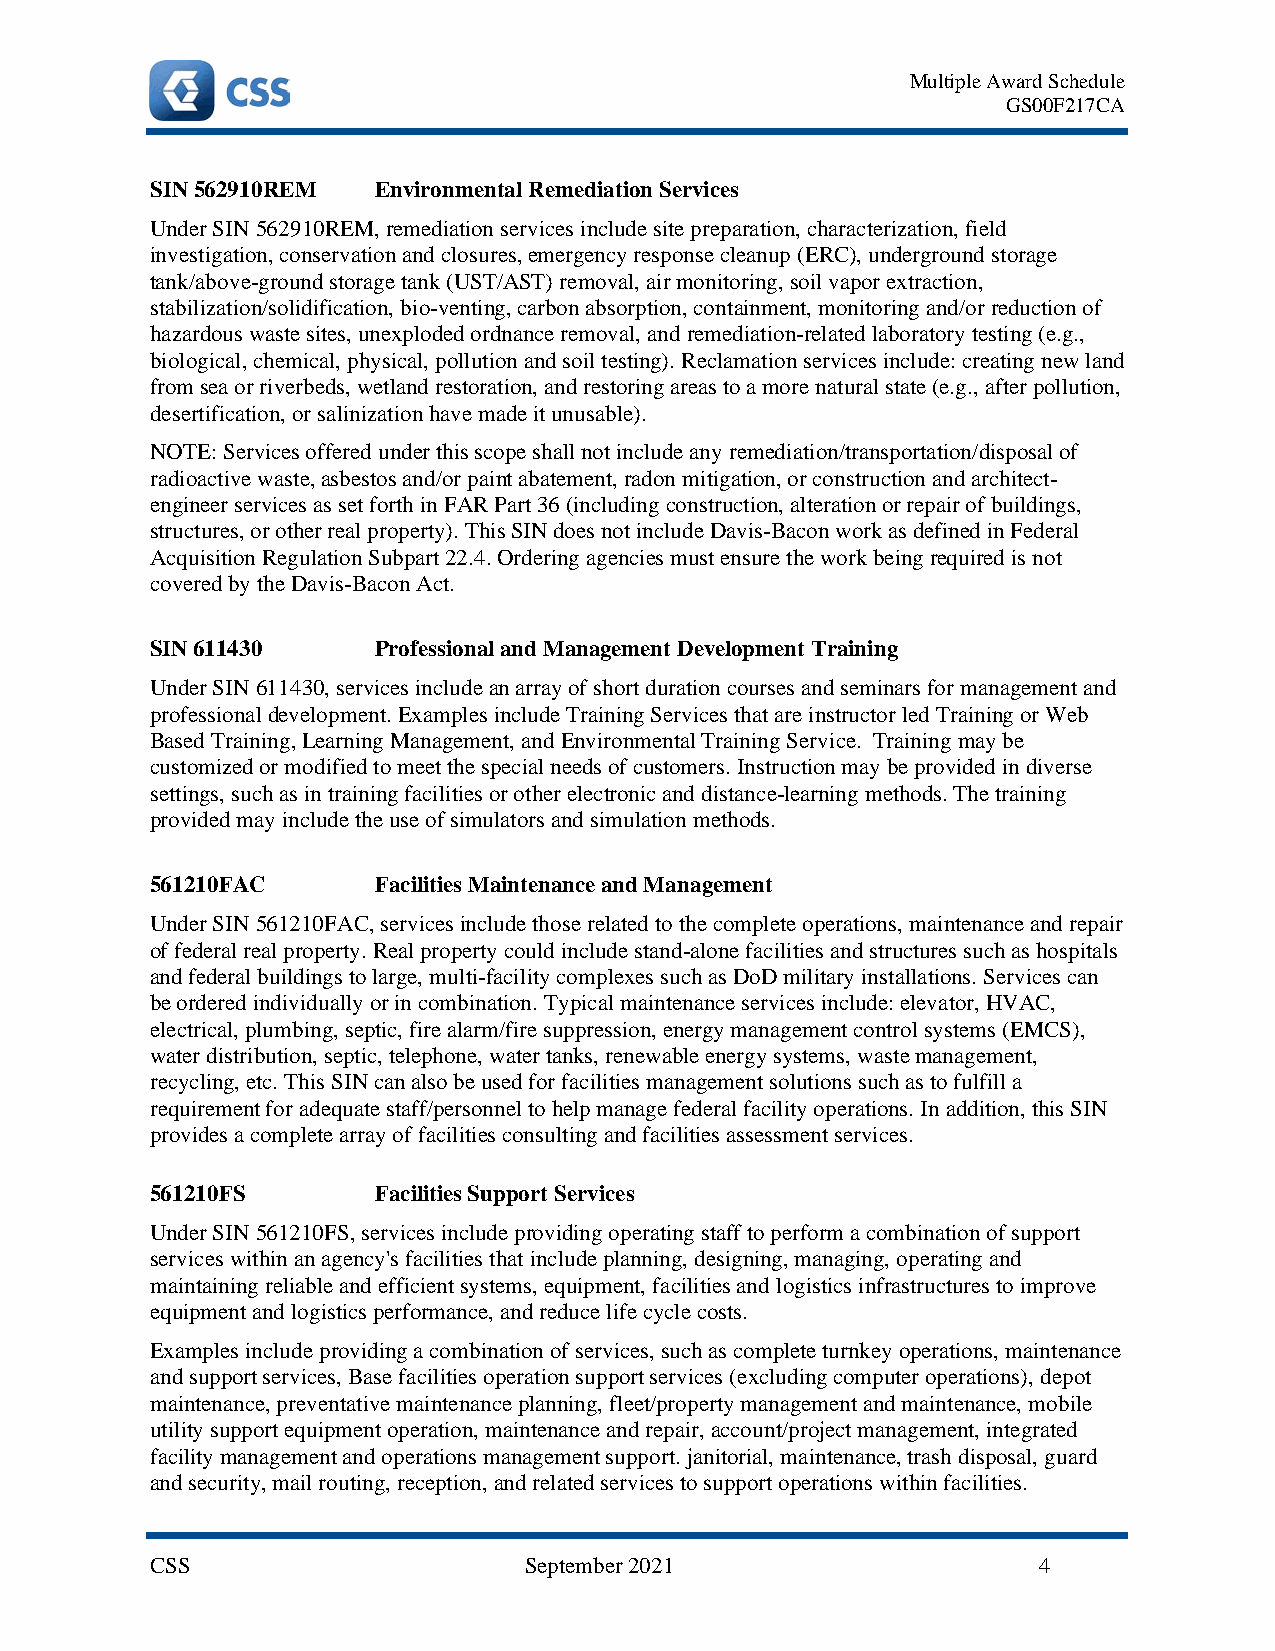
Multiple Award Schedule
 GS00F217CA
 SIN 562910REM  Environmental Remediation Services
 Under SIN 562910REM, remediation services include site preparation, characterization, field
 investigation, conservation and closures, emergency response cleanup (ERC), underground storage
 tank/above-ground storage tank (UST/AST) removal, air monitoring, soil vapor extraction,
 stabilization/solidification, bio-venting, carbon absorption, containment, monitoring and/or reduction of
 hazardous waste sites, unexploded ordnance removal, and remediation-related laboratory testing (e.g.,
 biological, chemical, physical, pollution and soil testing). Reclamation services include: creating new land
 from sea or riverbeds, wetland restoration, and restoring areas to a more natural state (e.g., after pollution,
 desertification, or salinization have made it unusable).
 NOTE: Services offered under this scope shall not include any remediation/transportation/disposal of
 radioactive waste, asbestos and/or paint abatement, radon mitigation, or construction and architect-
 engineer services as set forth in FAR Part 36 (including construction, alteration or repair of buildings,
 structures, or other real property). This SIN does not include Davis-Bacon work as defined in Federal
 Acquisition Regulation Subpart 22.4. Ordering agencies must ensure the work being required is not
 covered by the Davis-Bacon Act.
 SIN 611430     Professional and Management Development Training
 Under SIN 611430, services include an array of short duration courses and seminars for management and
 professional development. Examples include Training Services that are instructor led Training or Web
 Based Training, Learning Management, and Environmental Training Service. Training may be
 customized or modified to meet the special needs of customers. Instruction may be provided in diverse
 settings, such as in training facilities or other electronic and distance-learning methods. The training
 provided may include the use of simulators and simulation methods.
 561210FAC      Facilities Maintenance and Management
 Under SIN 561210FAC, services include those related to the complete operations, maintenance and repair
 of federal real property. Real property could include stand-alone facilities and structures such as hospitals
 and federal buildings to large, multi-facility complexes such as DoD military installations. Services can
 be ordered individually or in combination. Typical maintenance services include: elevator, HVAC,
 electrical, plumbing, septic, fire alarm/fire suppression, energy management control systems (EMCS),
 water distribution, septic, telephone, water tanks, renewable energy systems, waste management,
 recycling, etc. This SIN can also be used for facilities management solutions such as to fulfill a
 requirement for adequate staff/personnel to help manage federal facility operations. In addition, this SIN
 provides a complete array of facilities consulting and facilities assessment services.
 561210FS       Facilities Support Services
 Under SIN 561210FS, services include providing operating staff to perform a combination of support
 services within an agency's facilities that include planning, designing, managing, operating and
 maintaining reliable and efficient systems, equipment, facilities and logistics infrastructures to improve
 equipment and logistics performance, and reduce life cycle costs.
 Examples include providing a combination of services, such as complete turnkey operations, maintenance
 and support services, Base facilities operation support services (excluding computer operations), depot
 maintenance, preventative maintenance planning, fleet/property management and maintenance, mobile
 utility support equipment operation, maintenance and repair, account/project management, integrated
 facility management and operations management support. janitorial, maintenance, trash disposal, guard
 and security, mail routing, reception, and related services to support operations within facilities.
 CSS                      September 2021                    4